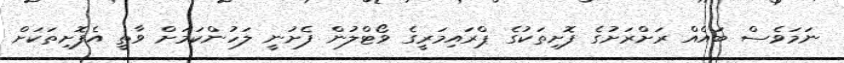
ނަމަވެސް ބައެއް ރަށްރަށުގެ ފޮށިތަކުގެ ޕްރައިމަރީގެ ވޯޓްލުން ފެށުނީ ލަހުންކަމަށް ވާތީ އެފޮށިތަކަށް